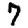
Digit: 7